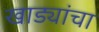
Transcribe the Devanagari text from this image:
खाड्यांचा